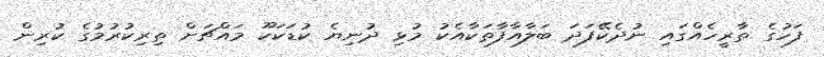
ފަހުގެ ތާރީހެއްގައި ނުދެކޭފަދަ ބަލާއާފާތަކާއެކު މުޅި ދުނިޔެ ކުޑަކަކޫ މައްޗަށް ތިރިކުރުމުގެ ކުރިން